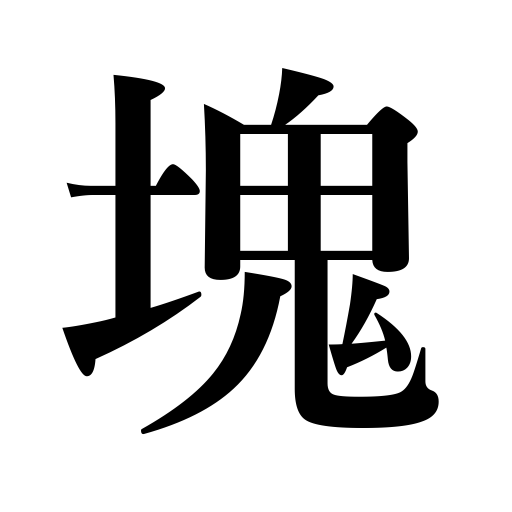
Meanings: clump,group,lump,clod,flock,ingot,personification of,chunk,cluster,mass,clot,bigotry